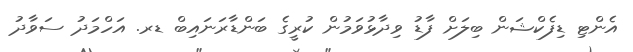
އެންޓި ޑިފެކްޝަން ބިލަށް ފާޑު ވިދާޅުވަމުން ކުރީގެ ބަންޑާރަނައިބް ޑރ. އަހްމަދު ސަވާދު